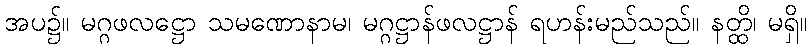
အပ၌။ မဂ္ဂဖလဋ္ဌော သမဏောနာမ၊ မဂ္ဂဋ္ဌာန်ဖလဋ္ဌာန် ရဟန်းမည်သည်။ နတ္ထိ၊ မရှိ။